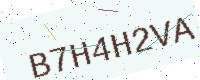
Text: B7H4H2VA